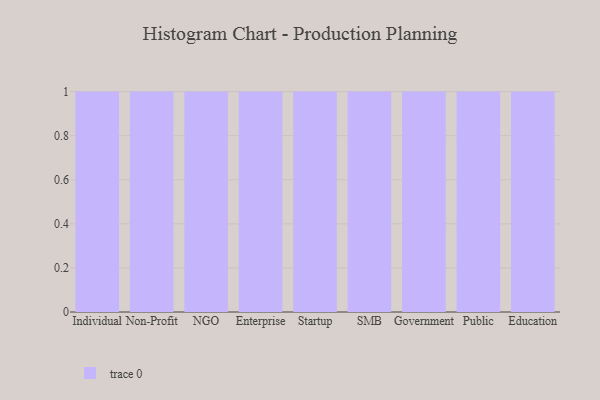
{"axis": {"x": "Segment", "y": "Backlog"}, "legend": [""], "data": [{"x": "Individual", "y": 87, "type": ""}, {"x": "Non-Profit", "y": 14, "type": ""}, {"x": "NGO", "y": 81, "type": ""}, {"x": "Enterprise", "y": 62, "type": ""}, {"x": "Startup", "y": 62, "type": ""}, {"x": "SMB", "y": 45, "type": ""}, {"x": "Government", "y": 89, "type": ""}, {"x": "Public", "y": 33, "type": ""}, {"x": "Education", "y": 21, "type": ""}]}